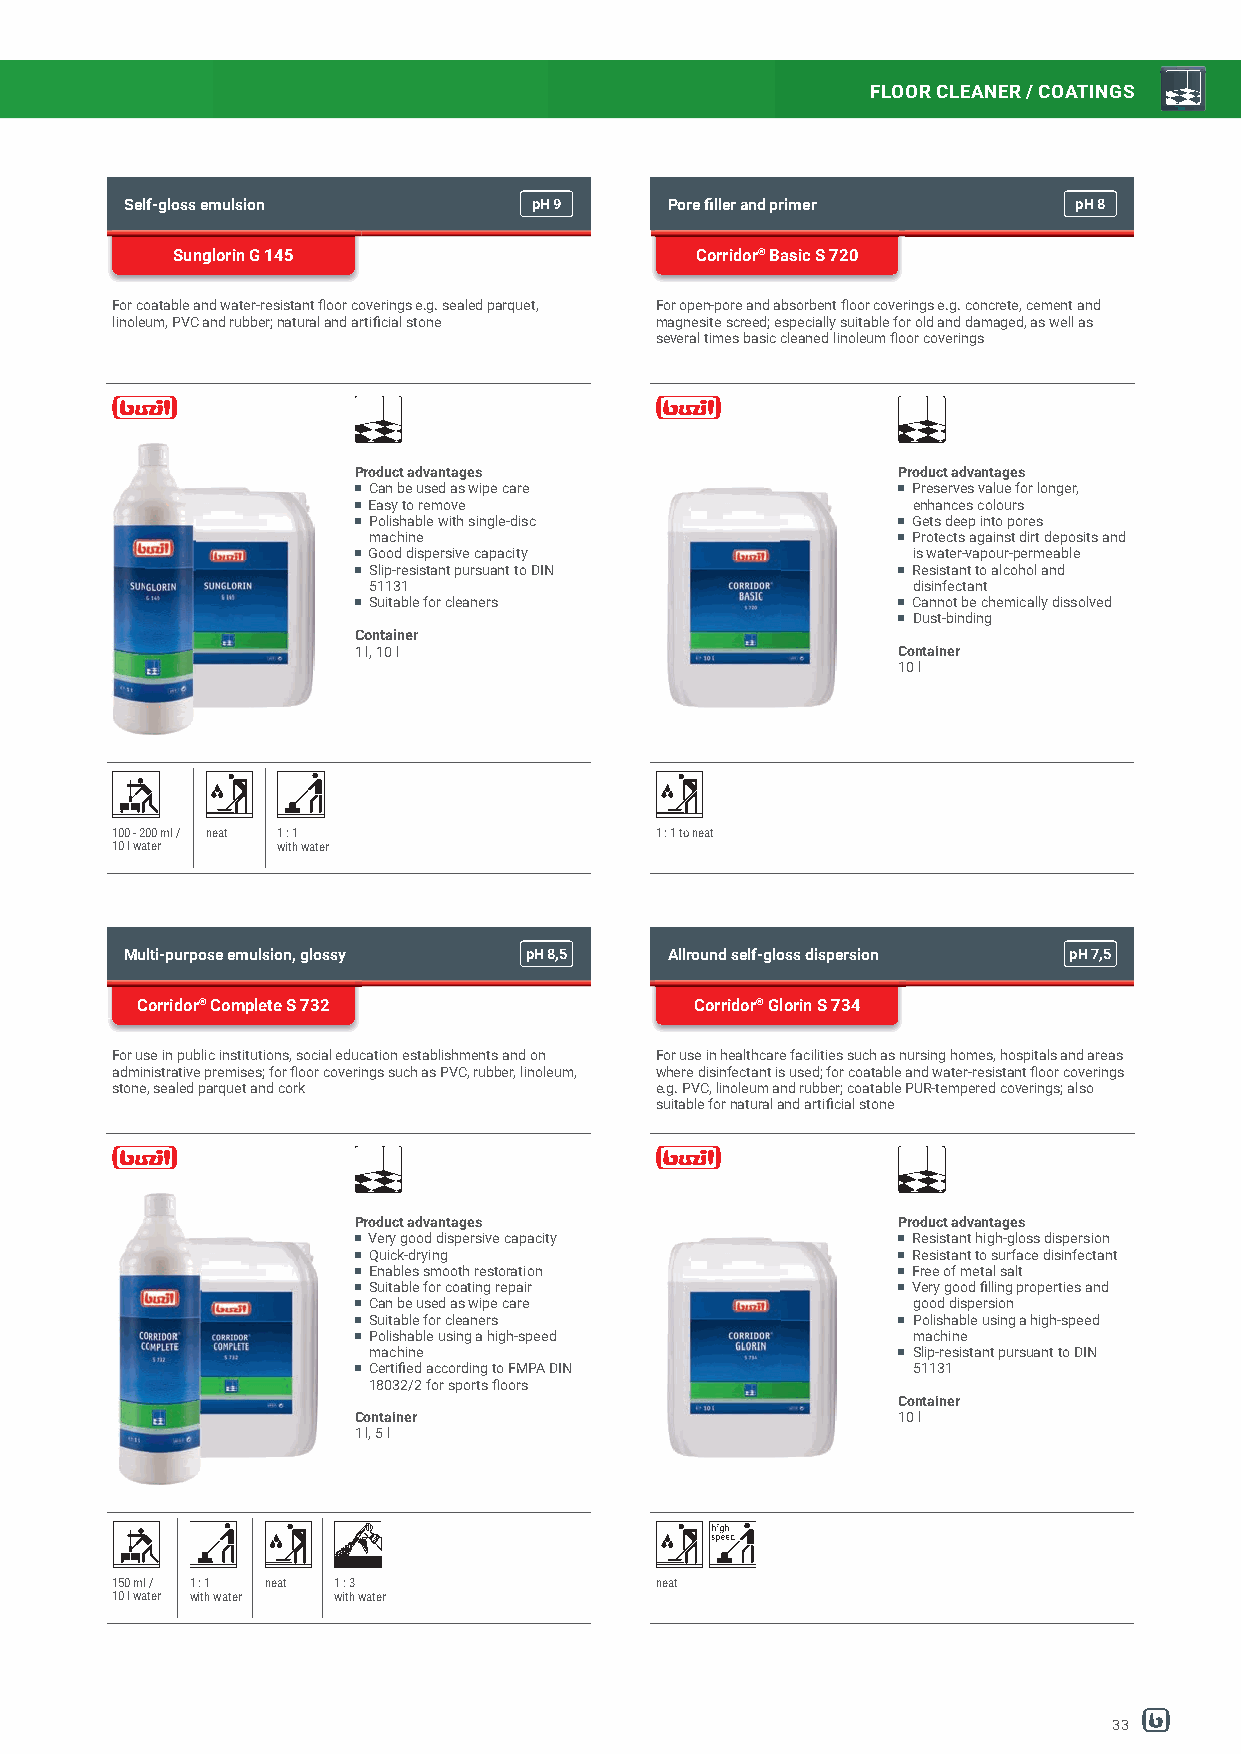
FLOOR CLEANER / COATINGS
 Self-gloss emulsion        pH9      Pore fi ller and primer    ppHH98
 Sunglorin G 145                    Corridor® Basic S 720
 For coatable and water-resistant fl oor coverings e.g. sealed parquet, For open-pore and absorbent fl oor coverings e.g. concrete, cement and
 linoleum, PVC and rubber; natural and artifi cial stone magnesite screed; especially suitable for old and damaged, as well as
 several times basic cleaned linoleum fl oor coverings
 Product advantages                  Product advantages
 Can be used as wipe care            Preserves value for longer,
 Easy to remove                      enhances colours
 Polishable with single-disc         Gets deep into pores
 machine                             Protects against dirt deposits and
 Good dispersive capacity            is water-vapour-permeable
 Slip-resistant pursuant to DIN      Resistant to alcohol and
 51131                               disinfectant
 Suitable for cleaners               Cannot be chemically dissolved
 Dust-binding
 Container
 1 l, 10 l                           Container
 10 l
 100 - 200 ml / neat 1 : 1           1 : 1 to neat
 10 l water with water
 Multi-purpose emulsion, glossy pH8,5 Allround self-gloss dispersion pH7,5
 Corridor® Complete S 732             Corridor® Glorin S 734
 For use in public institutions, social education establishments and on For use in healthcare facilities such as nursing homes, hospitals and areas
 administrative premises; for fl oor coverings such as PVC, rubber, linoleum, where disinfectant is used; for coatable and water-resistant fl oor coverings
 stone, sealed parquet and cork      e.g. PVC, linoleum and rubber; coatable PUR-tempered coverings; also
 suitable for natural and artifi cial stone
 Product advantages                  Product advantages
 Very good dispersive capacity       Resistant high-gloss dispersion
 Quick-drying                        Resistant to surface disinfectant
 Enables smooth restoration          Free of metal salt
 Suitable for coating repair         Very good fi lling properties and
 Can be used as wipe care            good dispersion
 Suitable for cleaners               Polishable using a high-speed
 Polishable using a high-speed       machine
 machine                             Slip-resistant pursuant to DIN
 Certifi ed according to FMPA DIN    51131
 18032/2 for sports fl oors
 Container
 Container                           10 l
 1 l, 5 l
 150 ml / 1 : 1 neat 1 : 3           neat
 10 l water with water with water
 33